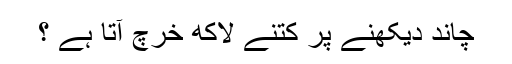
چاند دیکھنے پر کتنے لاکھ خرچ آتا ہے ؟